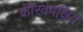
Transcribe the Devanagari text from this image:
कौरवपक्षिय